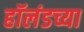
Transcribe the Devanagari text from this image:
हॉलंडच्या